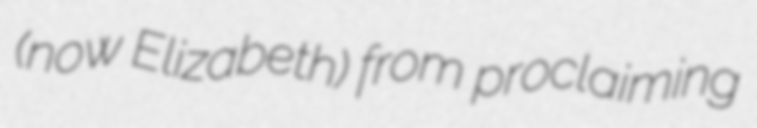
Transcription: (now Elizabeth) from proclaiming